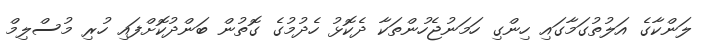
ލަންކާގެ އަލުތުގަމާގައި ހިންގި ހަމަނުޖެހުންތަކާ ދެކޮޅު ހެދުމުގެ ގޮތުން ބަންދުކޮށްފައި ހުރި މުސްލިމް